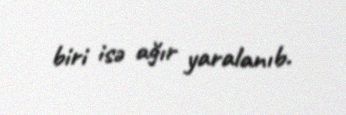
biri isə ağır yaralanıb.